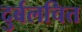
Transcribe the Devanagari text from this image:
दुर्बलचित्त